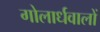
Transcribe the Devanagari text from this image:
गोलार्धवालों